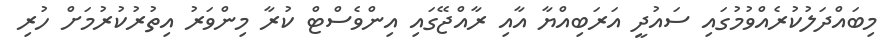
މިބައްދަލުކުރެއްވުމުގައި ސައުދީ އަރަބިއްޔާ އާއި ރާއްޖޭގައި އިންވެސްޓް ކުރާ މިންވަރު އިތުރުކުރުމަށް ހުރި